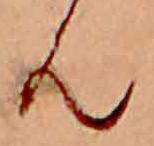
ん